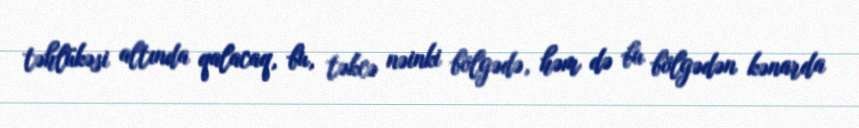
təhlükəsi altında qalacaq, bu, təkcə nəinki bölgədə, həm də bu bölgədən kənarda